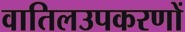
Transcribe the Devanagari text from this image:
वातिलउपकरणों